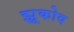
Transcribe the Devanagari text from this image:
झूकोव